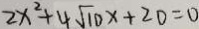
2 x ^ { 2 } + 4 \sqrt { 1 0 } x + 2 0 = 0